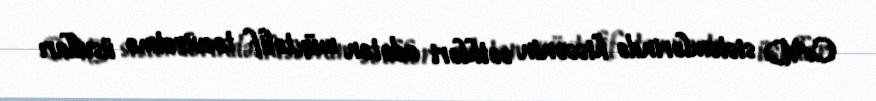
CAD sistemlərində hissənin səthləri adətən müxtəlif təsviretmə üsulları